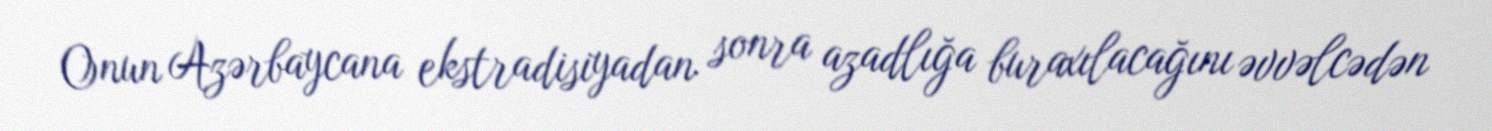
Onun Azərbaycana ekstradisiyadan sonra azadlığa buraxılacağını əvvəlcədən